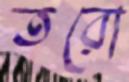
তরো